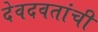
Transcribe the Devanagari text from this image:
देवदवतांची